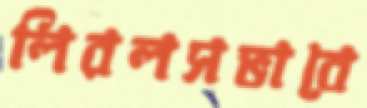
লিরলসভাবে